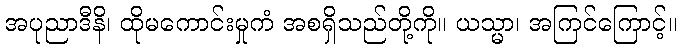
အပုညာဒီနိ၊ ထိုမကောင်းမှုကံ အစရှိသည်တို့ကို။ ယသ္မာ၊ အကြင်ကြောင့်။